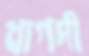
খাগদী